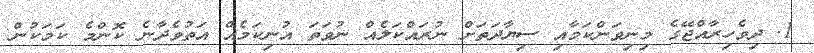
1. ދިވެހިރާއްޖޭގެ މިނިވަންކަމާއި ސިޔާދަތަށް ނުރައްކަލެއް ނުވަތަ އުނިކަމެއް އަތުވެދާނެ ކޮންމެ ކަމަކުން